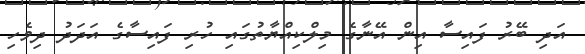
އަދި ބޭރު ފައިސާ އިން އޭނާގެ މިލްކިއްޔާތުގައި ހުރި ފައިސާގެ އަދަދު ދިވެހި